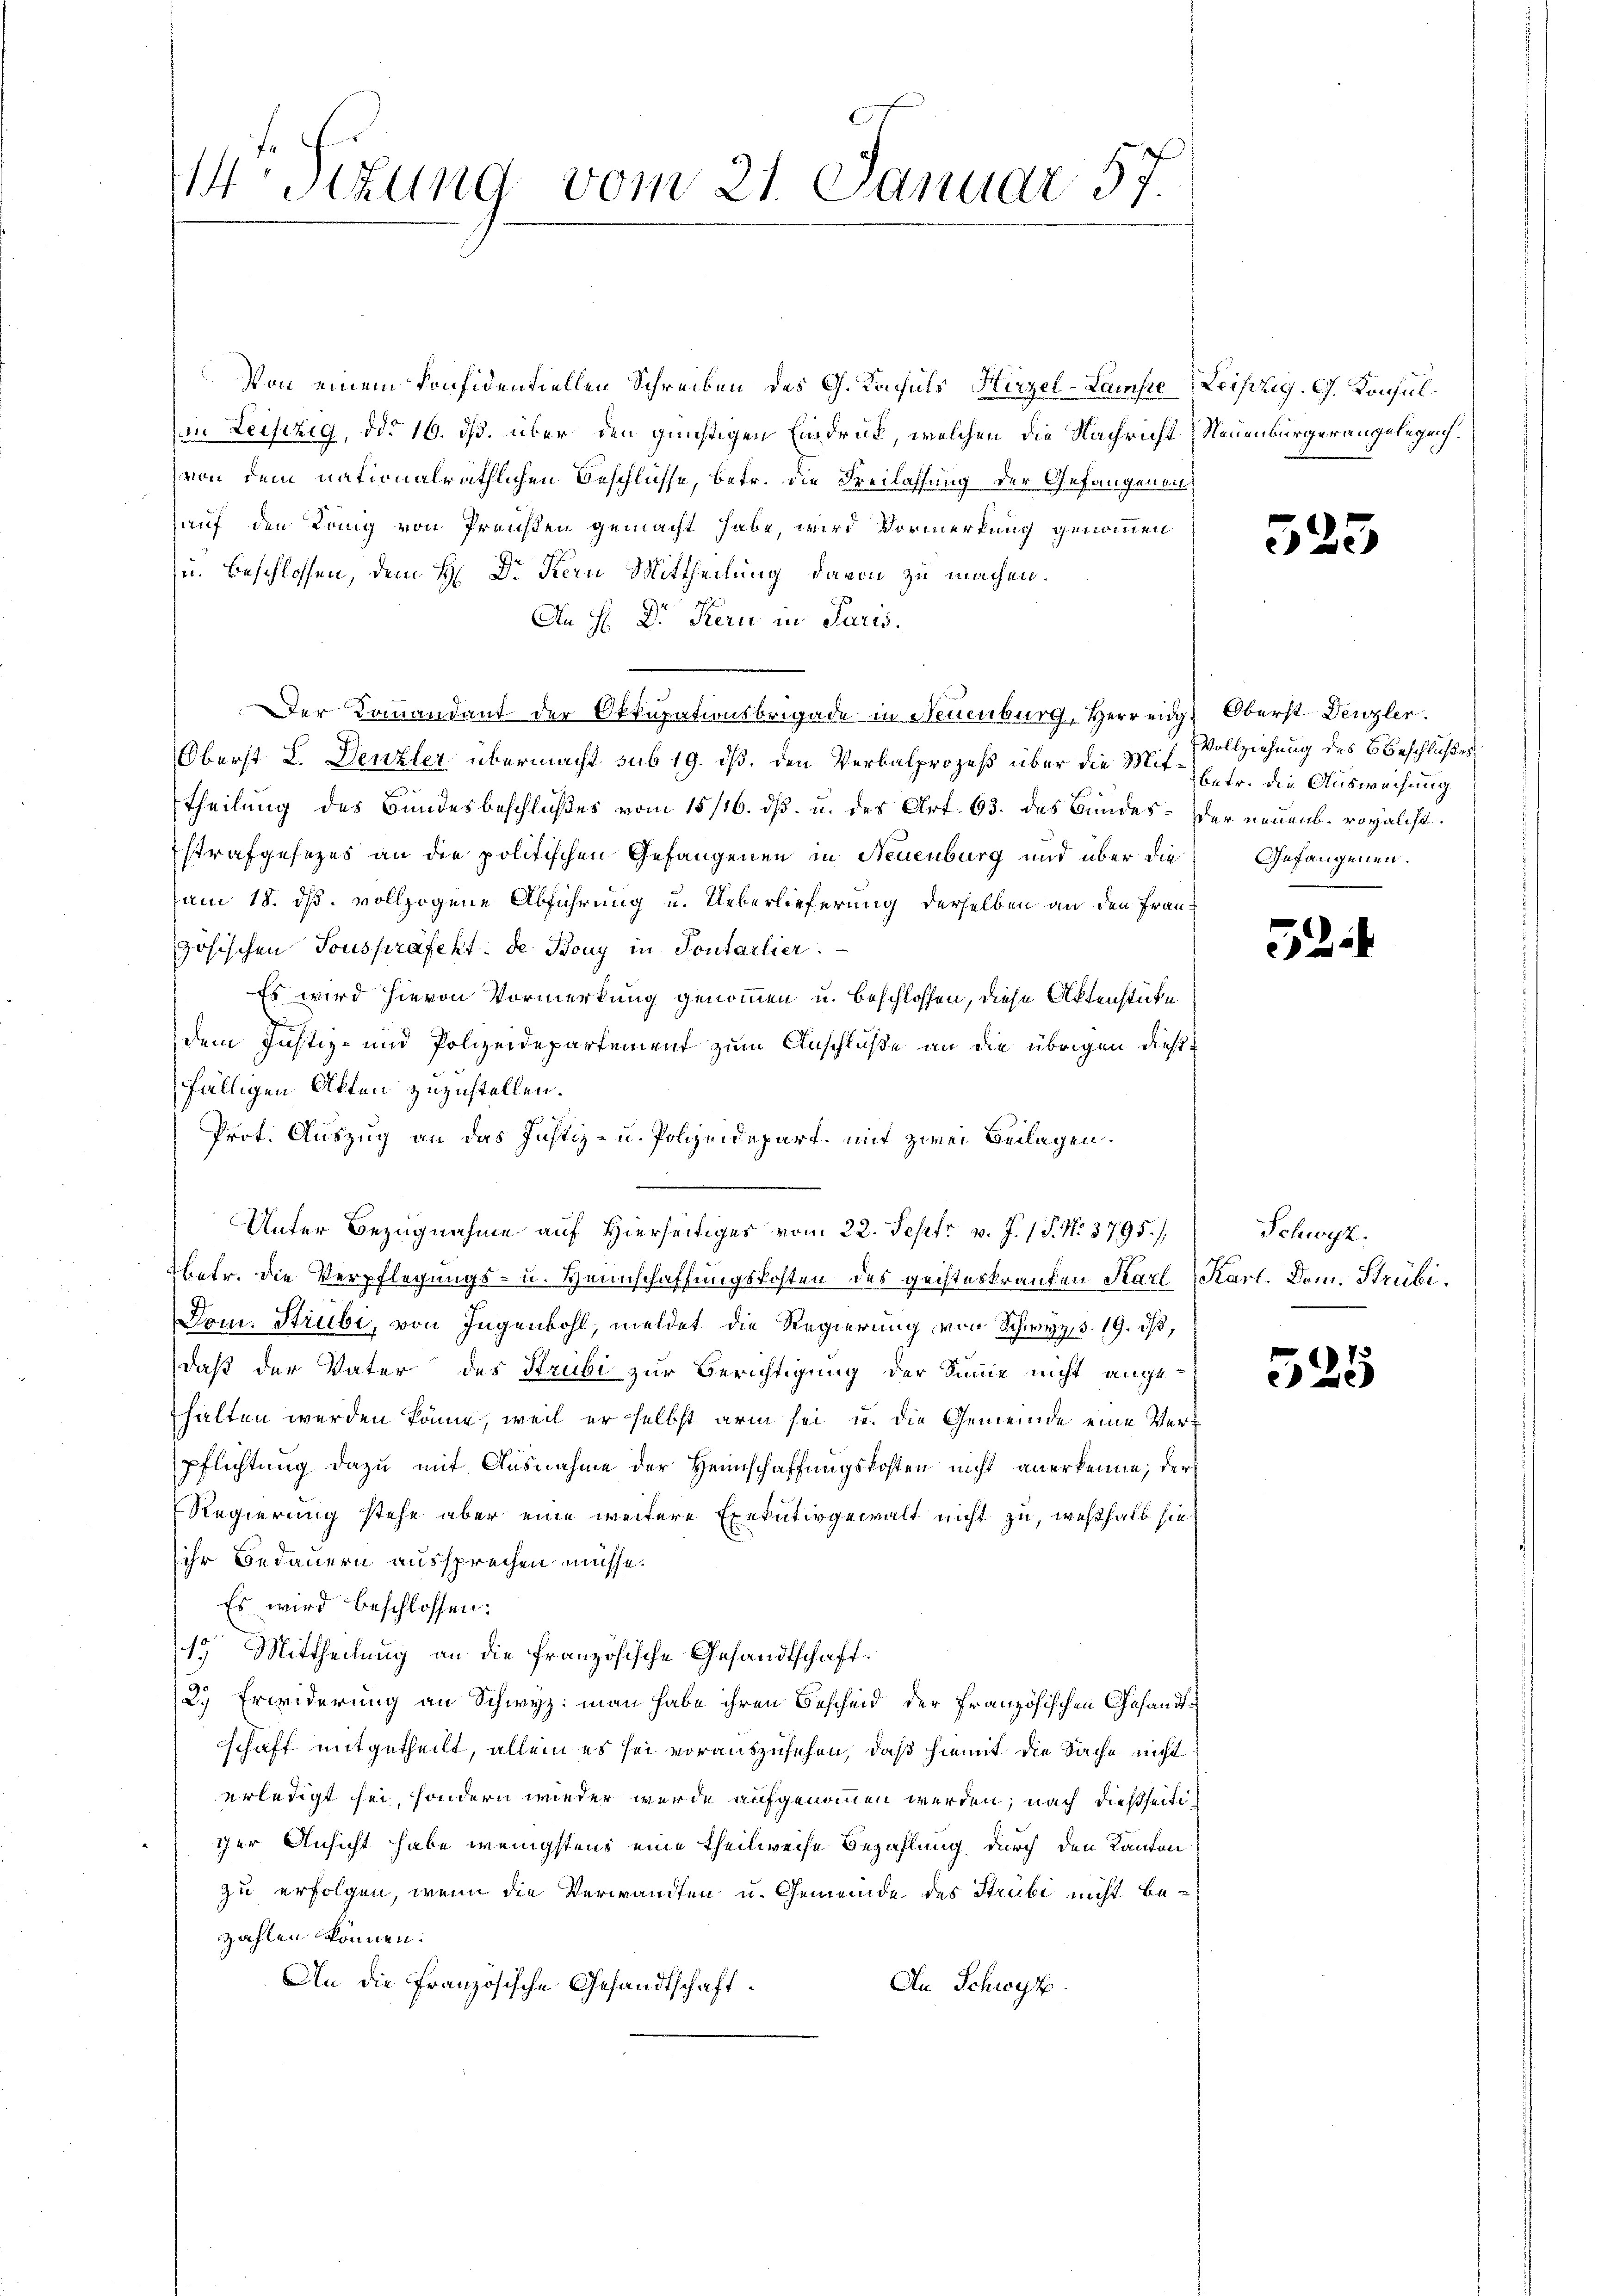
Von einem Konfidentiellen Schreiben des G. Kaisels, Hirzel-Lamste Leipzig. G. Konsul¬
(in Leifizig, ddo 16. ds. über den günstigen Eindruck, welchen die Nachricht Neuenburgerangelegen.
von dem nationalräthlichen Beschlüsse, betr. die Freilassung der Gefangenen
auf den Köng von Preußen gemacht habe, wird Vormerkung genommen
u. Beschlossen, dem H. Dr Kern Mittheilung davon zu machen.
An H. Dr Kern in Paris.
Der Kommandant der Okkupationsbrigade in Neuenburg, Herreidg. Oberst Denzler.
Oberst L. Denzler übermacht sub 19. dß. den Verbalprozeß über die Mit¬
Theilung des Bundesbeschlußes vom 15/16. dß. u. des Art. 63. des Bundes- Der neuenb. royalist.
Estrafgesezes an die politischen Gefangenen in Neuenburg und über die
am 18. ds. vollzogene Abführung u. Ueberlieferung derselben an den Frauzösischen Tous präfekt. de Bony in Sontarlier.
Es wird hievon Vormerkung genommen u. beschlossen, diese Aktenstücke
dem Justiz- und Polizeidepartement zum Anschlüße an die übrigen diese
fälligen Akten zuzustellen.
Prot. Auszug an das Justiz- u. Polizeidepart mit zwei Beilagen.
Unter Bezugnahme auf Hierseitiges vom 22. Sept. v. J. 18. No. 3795/
betr. die Verpflegungs- u. Hennschaffungskosten des geisteskrauten Karl Karl. Dom. Strubi¬
Dom. Strubi, von Jugenbohl, meldet die Regierung von Schwyz, d. 19. ds,
daß der Vater des Strubi zur Berichtigung der Summe nicht angehalten werden könne, weil er selbst arm sei u. die Gemeinde eine Verpflichtung dazu mit Ausnahme der Heimschaffungskosten nicht anerkenne, der
Regierung stehe aber eine weitere Exekutivgewalt nicht zu, weßhalb hiesihr Bedauern aussprechen müsse.
Es wird beschlossen:
15 Mittheilung an die französische Gesandtschaft
2.) Erwiderung an Schwyz: man habe ihren Bescheid der Französischen Gesandtschaft mitgetheilt, allein es sei vorauszusehen, daß hiemit die Sache nicht
erledigt sei, sondern wieder werde aufgenommen werden; nach dießseiticher Ansicht habe wenigstens eine theilweise Bezahlung durch den Kanton
zu erfolgen, wenn die Verwandten u. Gemeinde des Strubi nicht bezahlen können.
An die Französische Gesandtschaft¬
An Schwyz.

M Sitzung vom 21. Januar 57.

525

Vollziehung des Beschlußes
betr. die Ausweisung
Gefangenen.

2

Schwyz.

)
2